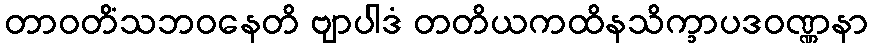
တာဝတိံသဘဝနေတိ ဗျာပါဒံ တတိယကထိနသိက္ခာပဒဝဏ္ဏနာ